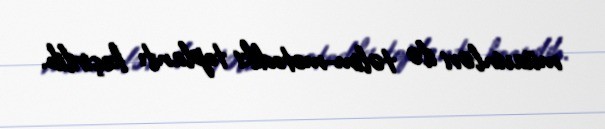
müavinləri ilə təlim-metodiki toplantı keçirilib.